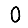
Digit: 0